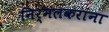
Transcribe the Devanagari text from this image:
निर्मलकरांना